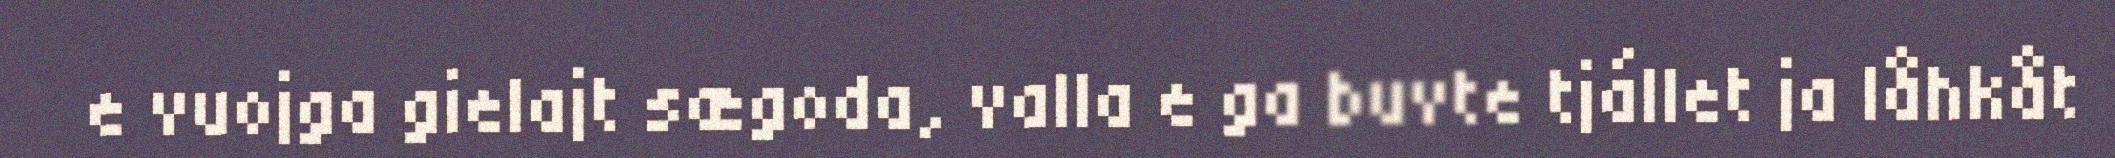
e vuojga gielajt sægoda, valla e ga buvte tjállet ja låhkåt